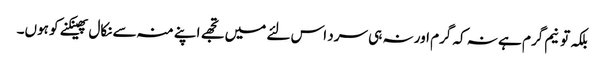
بلکہ تو نیم گرم ہے نہ کہ گرم اور نہ ہی سرد اس لئے میں تجھے اپنے منہ سے نکال پھینکنے کو ہوں۔